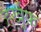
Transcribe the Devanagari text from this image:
हर्खुफ़